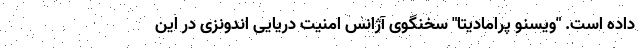
داده است. "ویسنو پرامادیتا" سخنگوی آژانس امنیت دریایی اندونزی در این